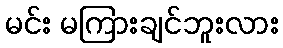
မင်း မကြားချင်ဘူးလား